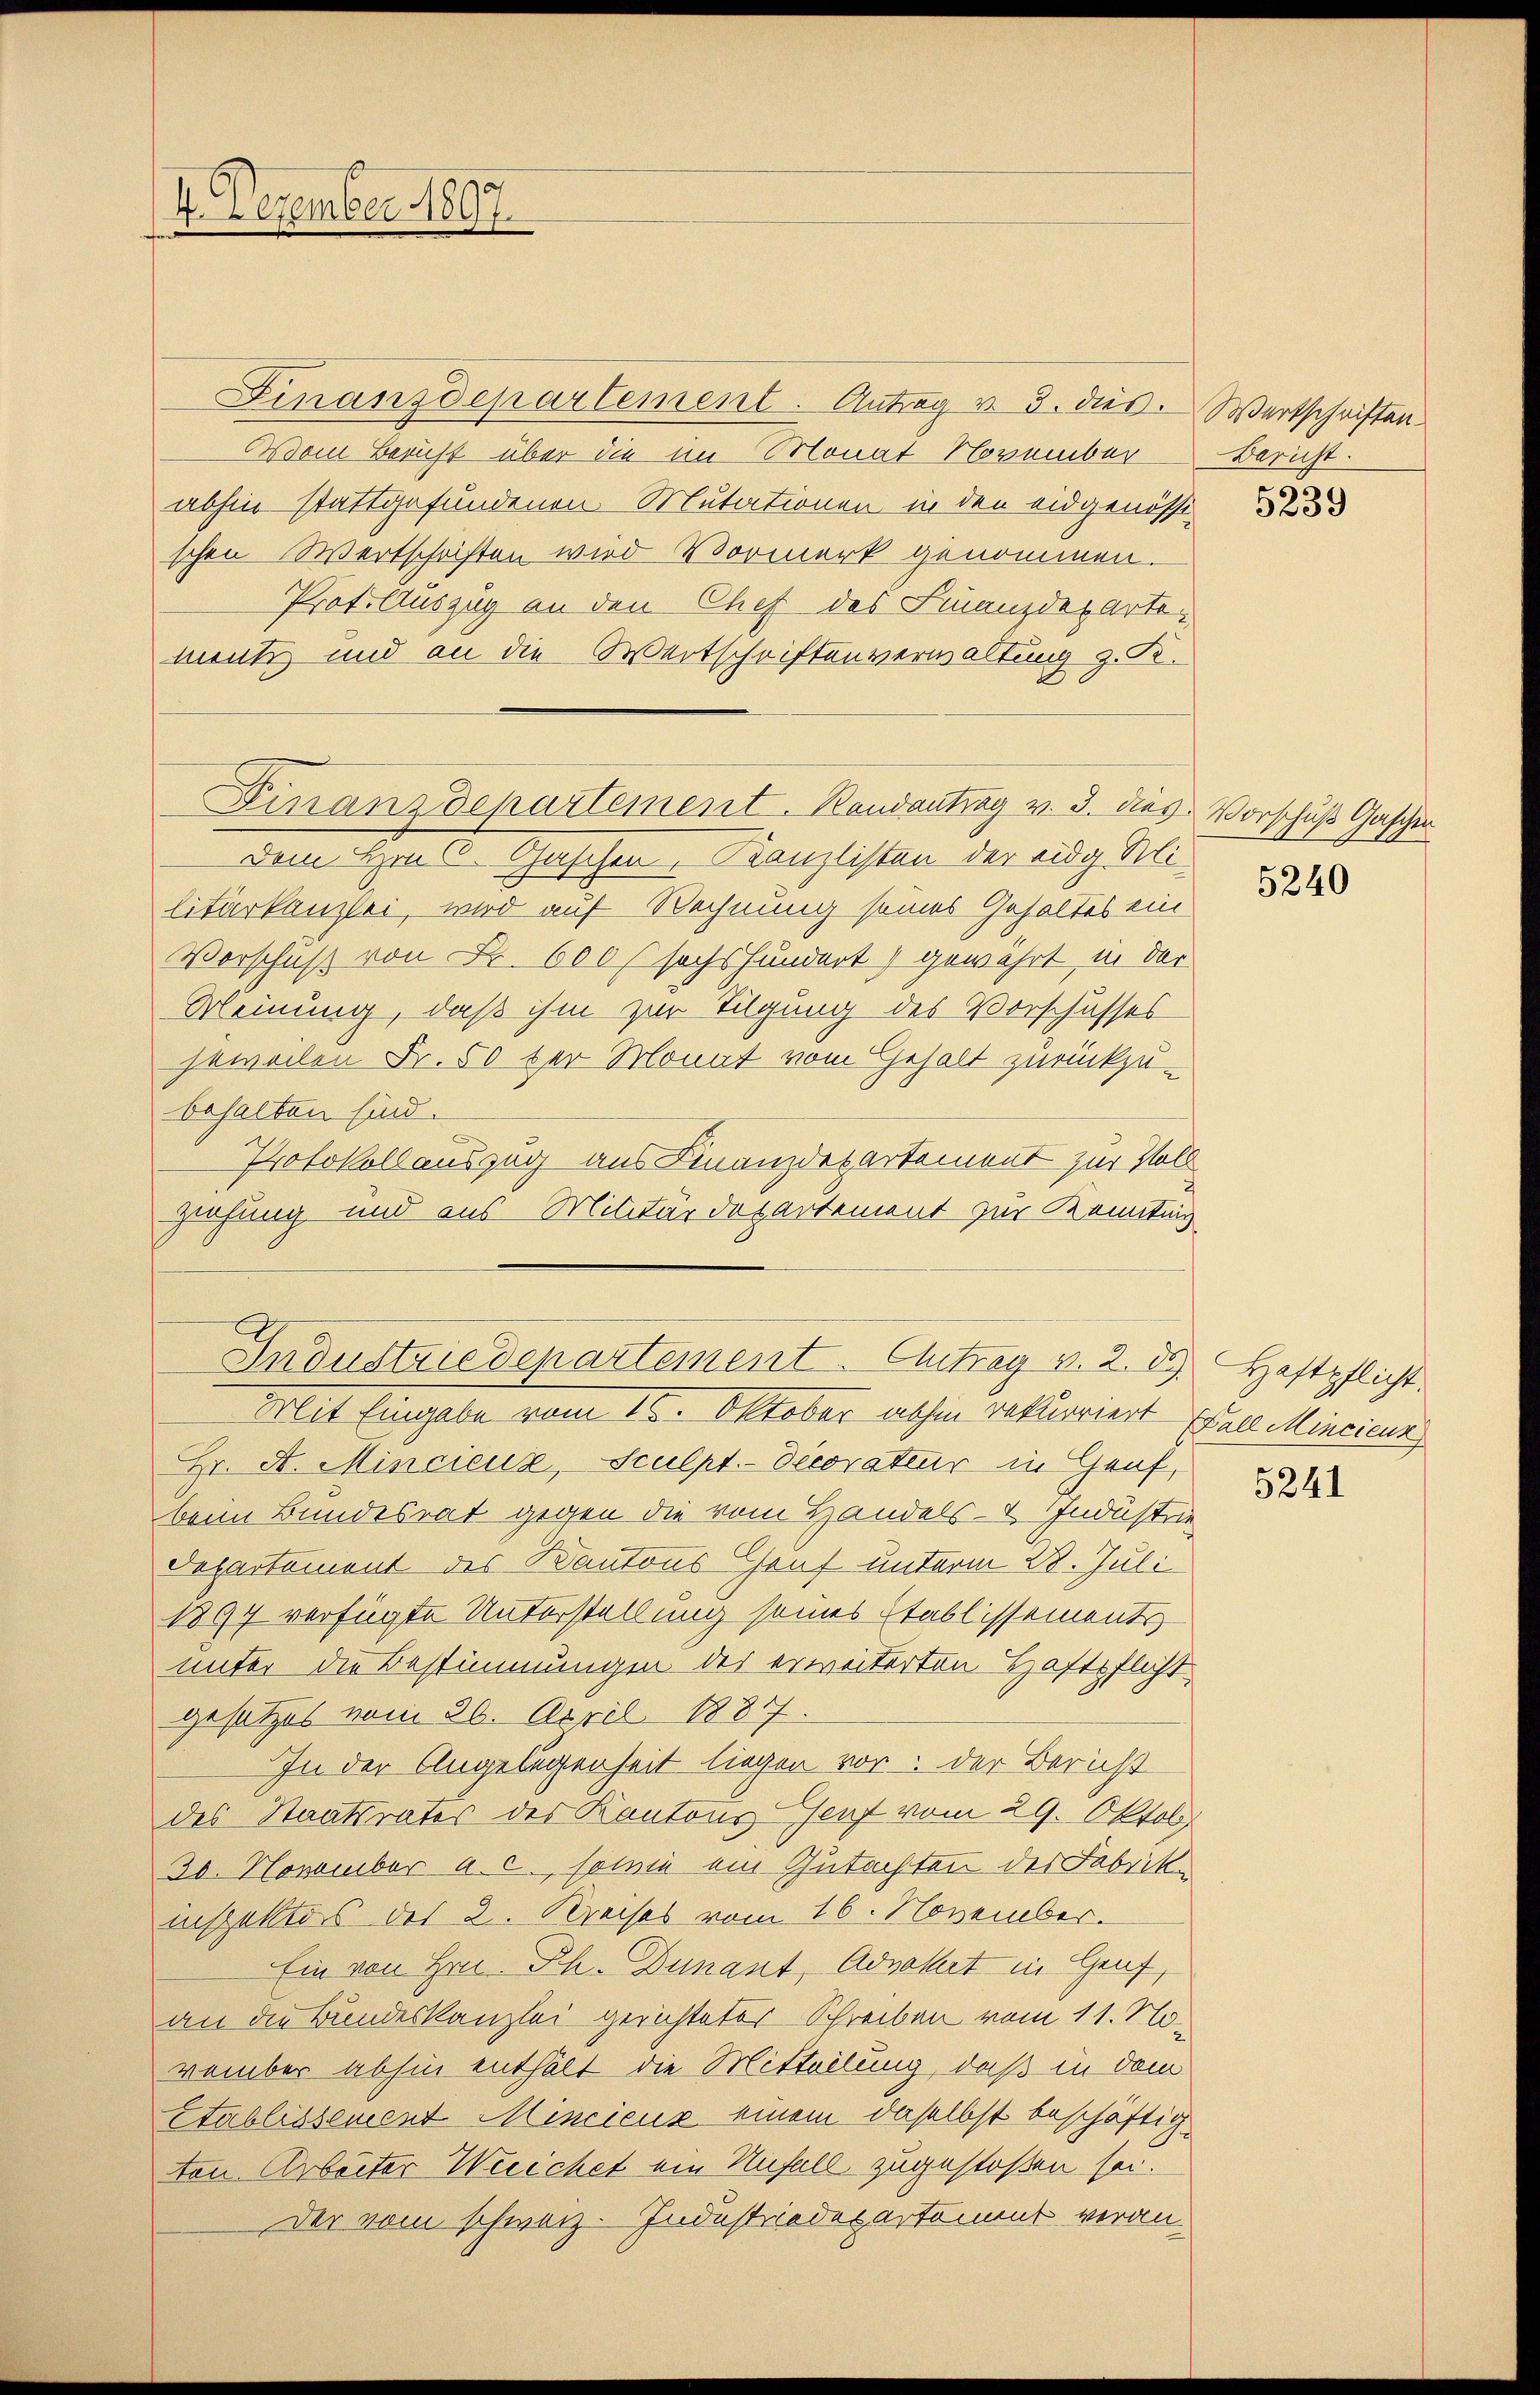
4. Dezember 1897.

Finanzdepartement. Antrag v. 5. dies. Wertschriften.
Vom Bericht über die im Monat November
abhin stattgefundenen Mutationen in den eidgenöss
schen Wertschriften wird Vormerk genommen.
Prof. Auszug an den Chef des Finanzdepartemente und an die Wertschriftenverwaltung z. K.
Dem Hrn. C. Caschen, Kanzlisten der eidg Mi-
litarkanzlei, wird auf Rechnung seines Gehaltes ein
Vorschuß von Fr. 600 f sechshundert) gewährt, in der
Meinung, daß ihm zur Tilgung des Vorschusses
jeweilen Fr. 50 der Monat vom Gehalt zurückzu-
behalten sind.
Protokollauszug aus Finanzdepartement zur Voll
Ziehung und aus Militärdepartement zur Konntag,

Finanzdepartement. Randantrag v. 3. dies Vorschuß Gaschen

Industriedepartement. Antrag v. 2. d. Haftpflicht.

Mit Eingabe vom 10. Oktober abhin rekurriert Edels Mincieus
Hr. A. Mincieux, Sculpt.- Decorateur in Genf,
beim Bundesrat gegen die vom Handels- Industrie
Departement des Kantons Graf unterm 28. Juli
1894 verfügte Unterstellung seines Etablissements
unter die Bestimmungen des erweiterten Haftpflicht
gesetzes vom 26. April 18877.
In der Angelegenheit liegen vor. Der Bericht
des Staatsrates des Kantons-Genf vom 29. Oktob
30. November a. c. sowie ein Gutachten der Fabrikinspektors des 2. Kreises vom 16. November.
Ein von Hrn. Ph. Dunant, Advokat in Genf,
an die Bundeskanzlei gerichteter Schreiben vom 11. November abhin enthält die Mitteilung, daß in dem
Stablissement Mincienz einem daselbst beschäftig.
ton Arbeiter Weichet ein Unfall zugestoßen sei.
Der vom schweiz. Industriedepartament veran-

Bericht.

5239

x
5240

5241